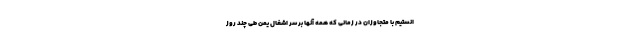
انستیم با متجاوزان در زمانی که همه آنها بر سر اشغال یمن طی چند روز